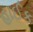
હાઈક